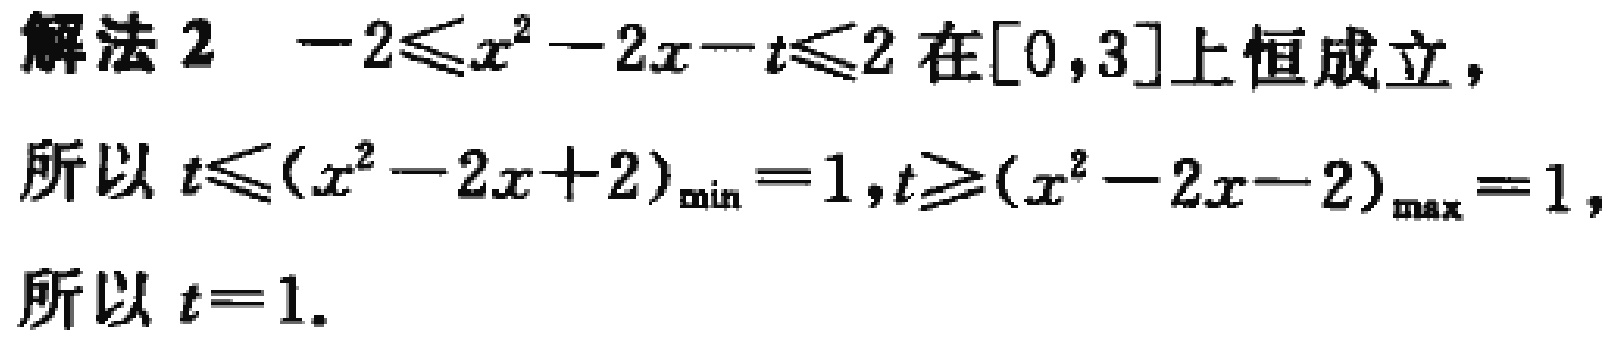
解法 2  $-2\leqslant x^{2}-2x - t\leqslant2$ 在$[0,3]$上恒成立，
所以 $t\leqslant(x^{2}-2x + 2)_{\min}=1,t\geqslant(x^{2}-2x - 2)_{\max}=1$，
所以 $t = 1$.